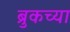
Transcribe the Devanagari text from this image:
ब्रुकच्या